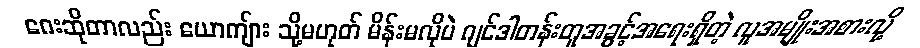
ဂေးဆိုတာလည်း ယောကျ်ား သို့မဟုတ် မိန်းမလိုပဲ ဂျင်ဒါတန်းတူအခွင့်အရေးရှိတဲ့ လူအမျိုးအစားလို့